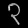
Digit: ၃